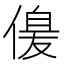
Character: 𠌞